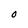
Character: O